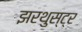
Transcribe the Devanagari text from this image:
झरथुस्ट्र